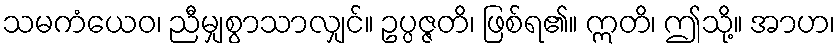
သမကံယေဝ၊ ညီမျှစွာသာလျှင်။ ဥပ္ပဇ္ဇတိ၊ ဖြစ်ရ၏။ ဣတိ၊ ဤသို့။ အာဟ၊